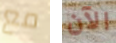
مع الآن